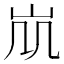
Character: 𡵷